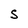
Character: S